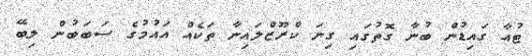
ޓުއާ ގައިޑުން ބުނާ ގޮތުގައި ގިނަ ކްރޫޒްލައިނާ ތަކެއް އައުމުގެ ސަބަބުން ލިބޭ